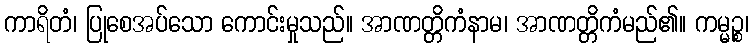
ကာရိတံ၊ ပြုစေအပ်သော ကောင်းမှုသည်။ အာဏတ္တိကံနာမ၊ အာဏတ္တိကံမည်၏။ ကမ္မဉ္စ၊